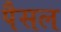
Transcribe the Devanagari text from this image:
पैसल